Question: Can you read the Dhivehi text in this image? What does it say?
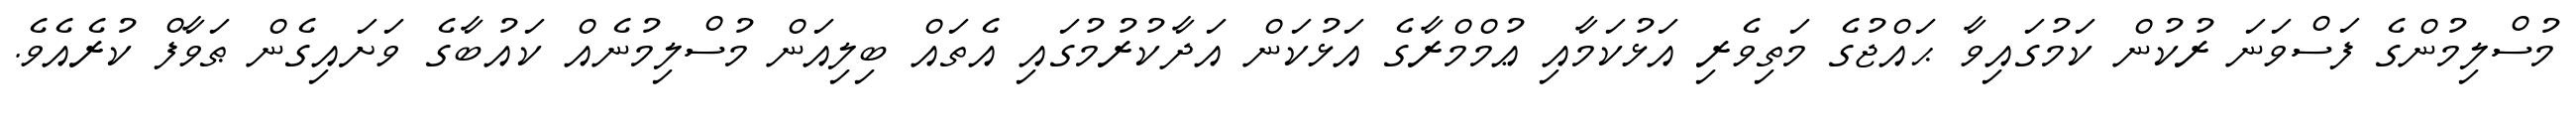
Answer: މުސްލިމުންގެ ފަސްވަނަ ރުކުން ކަމުގައިވާ ޙައްޖުގެ މަތިވެރި އަޅުކަމާއި ޢުމްމްރާގެ އަޅުކަން އަދާކުރުމުގައި އެތައް ބިލިއަން މުސްލިމުނެއް ކައުބާގެ ވަށައިގެން ޠަވާފް ކުރެއެވެ.